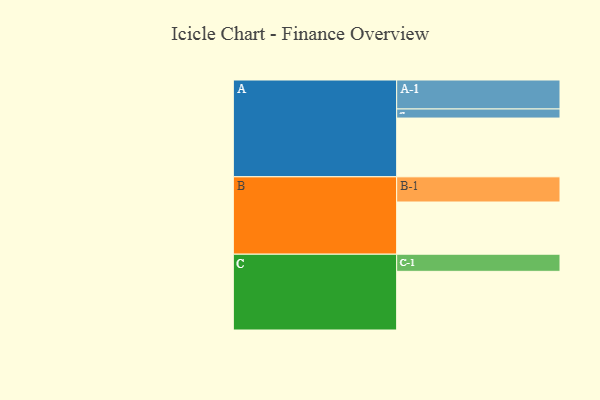
{"axis": {"x": "Segment", "y": "Value"}, "legend": ["", "A", "B", "C"], "data": [{"x": "A", "y": 590, "type": ""}, {"x": "B", "y": 524, "type": ""}, {"x": "C", "y": 589, "type": ""}, {"x": "A-1", "y": 291, "type": "A"}, {"x": "A-2", "y": 91, "type": "A"}, {"x": "B-1", "y": 253, "type": "B"}, {"x": "C-1", "y": 172, "type": "C"}]}